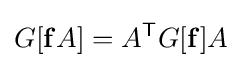
G[\mathbf {f} A]=A^{\mathsf {T}}G[\mathbf {f} ]A